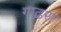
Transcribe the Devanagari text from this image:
गाढरा